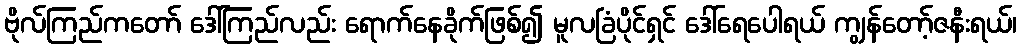
ဗိုလ်ကြည်ကတော် ဒေါ်ကြည်လည်း ရောက်နေခိုက်ဖြစ်၍ မူလခြံပိုင်ရှင် ဒေါ်ရေပေါရယ် ကျွန်တော့်ဇနီးရယ်၊